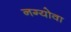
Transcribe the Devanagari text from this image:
नग्योवा